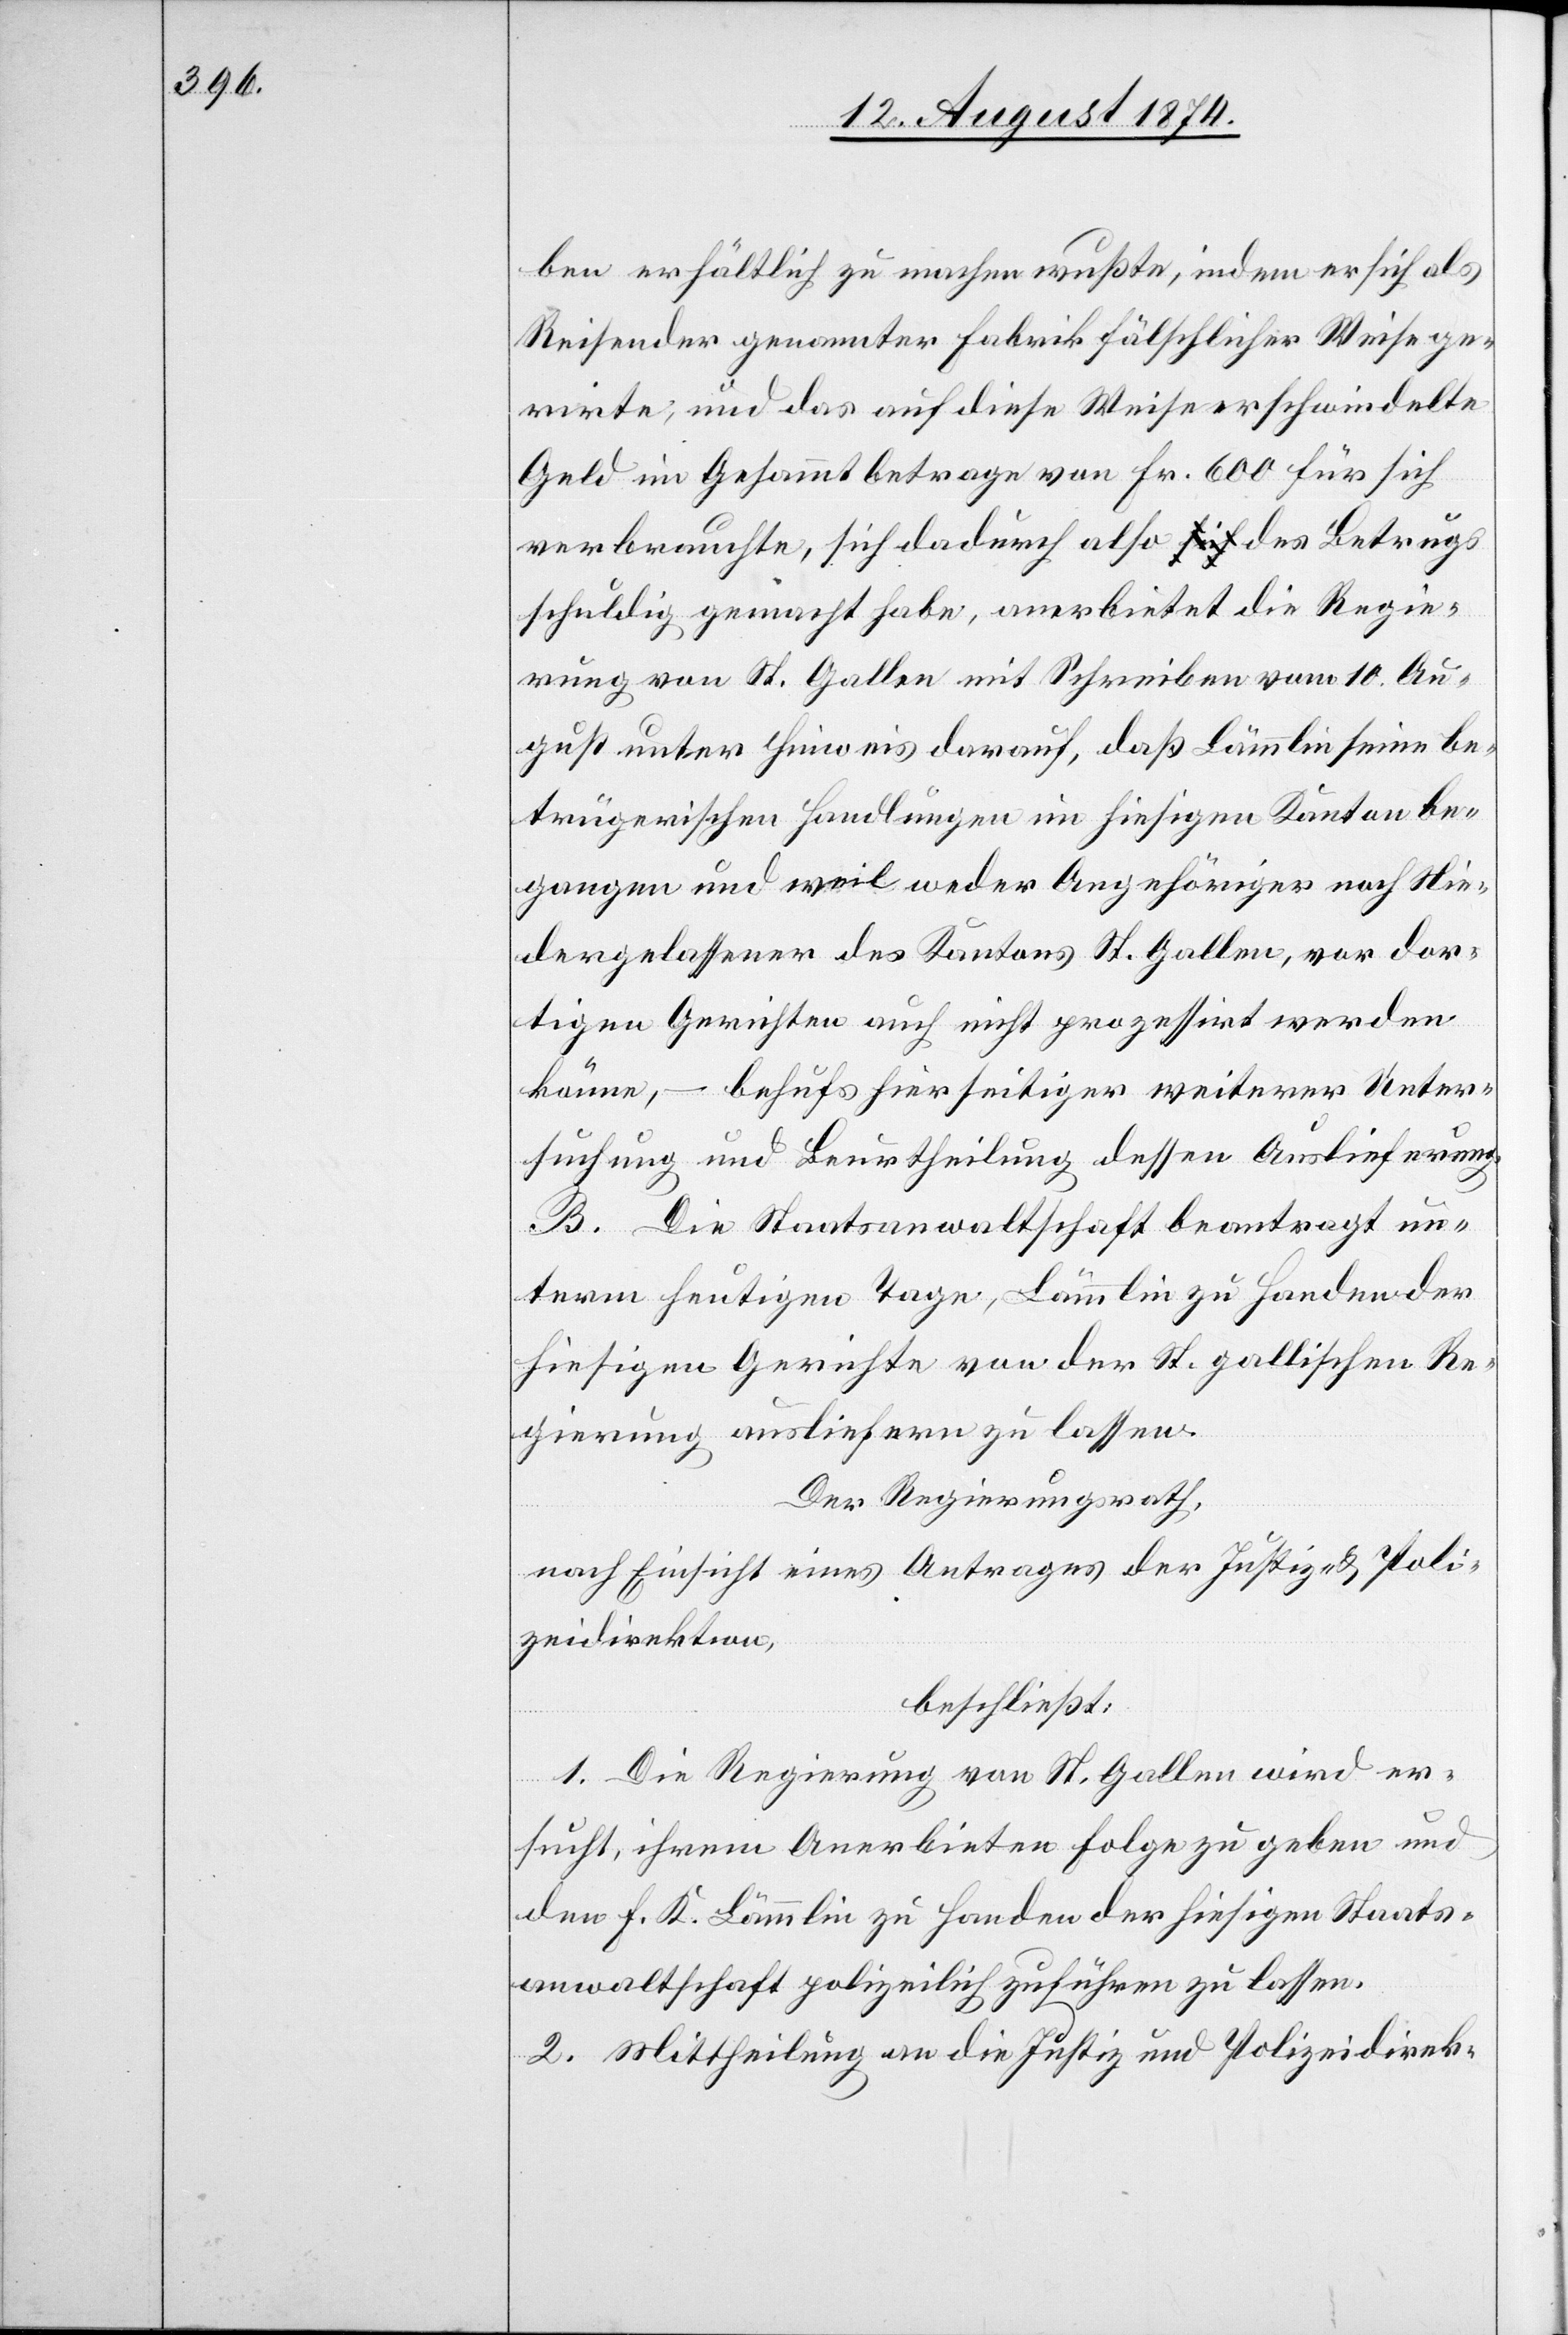
ben erhältlich zu machen wußte, indem er sich als
Reisender genannter Fabrik fälschlicher Weise ge¬
rirte [sic!], und das auf diese Weise erschwindelte
Geld im Gesammtbetrage von Fr. 600 für sich
verbrauchte, sich dadurch also des Betrugs
schuldig gemacht habe, anerbietet die Regie¬
rung von St. Gallen mit Schreiben vom 10. Au¬
gust unter Hinweis darauf, daß Lämmlin seine be¬
trügerischen Handlungen im hiesigen Kanton be¬
gangen und weil weder Angehöriger noch Nie¬
dergelassener des Kantons St. Gallen, vor dor¬
tigen Gerichten auch nicht prozessirt werden
könne, – behufs hierseitiger weiterer Unter¬
suchung und Beurtheilung dessen Auslieferung.
B. Die Staatsanwaltschaft beantragt un¬
term heutigen Tage, Lämmlin zu Handen der
hiesigen Gerichte von der St. Gallischen Re¬
gierung ausliefern zu lassen.
Der Regierungsrath,
nach Einsicht eines Antrages der Justiz- u. Poli¬
zeidirektion,
beschließt:
1. Die Regierung von St. Gallen wird er¬
sucht, ihrem Anerbieten Folge zu geben und
den F. K. Lämmlin zu Handen der hiesigen Staats¬
anwaltschaft polizeilich zuführen zu lassen.
2. Mittheilung an die Justiz und Polizeidirek-